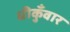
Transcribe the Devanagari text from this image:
धीकुँवार